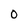
Character: O